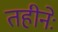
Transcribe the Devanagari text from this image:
तहीनेः